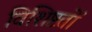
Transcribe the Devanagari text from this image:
विशिष्टतों